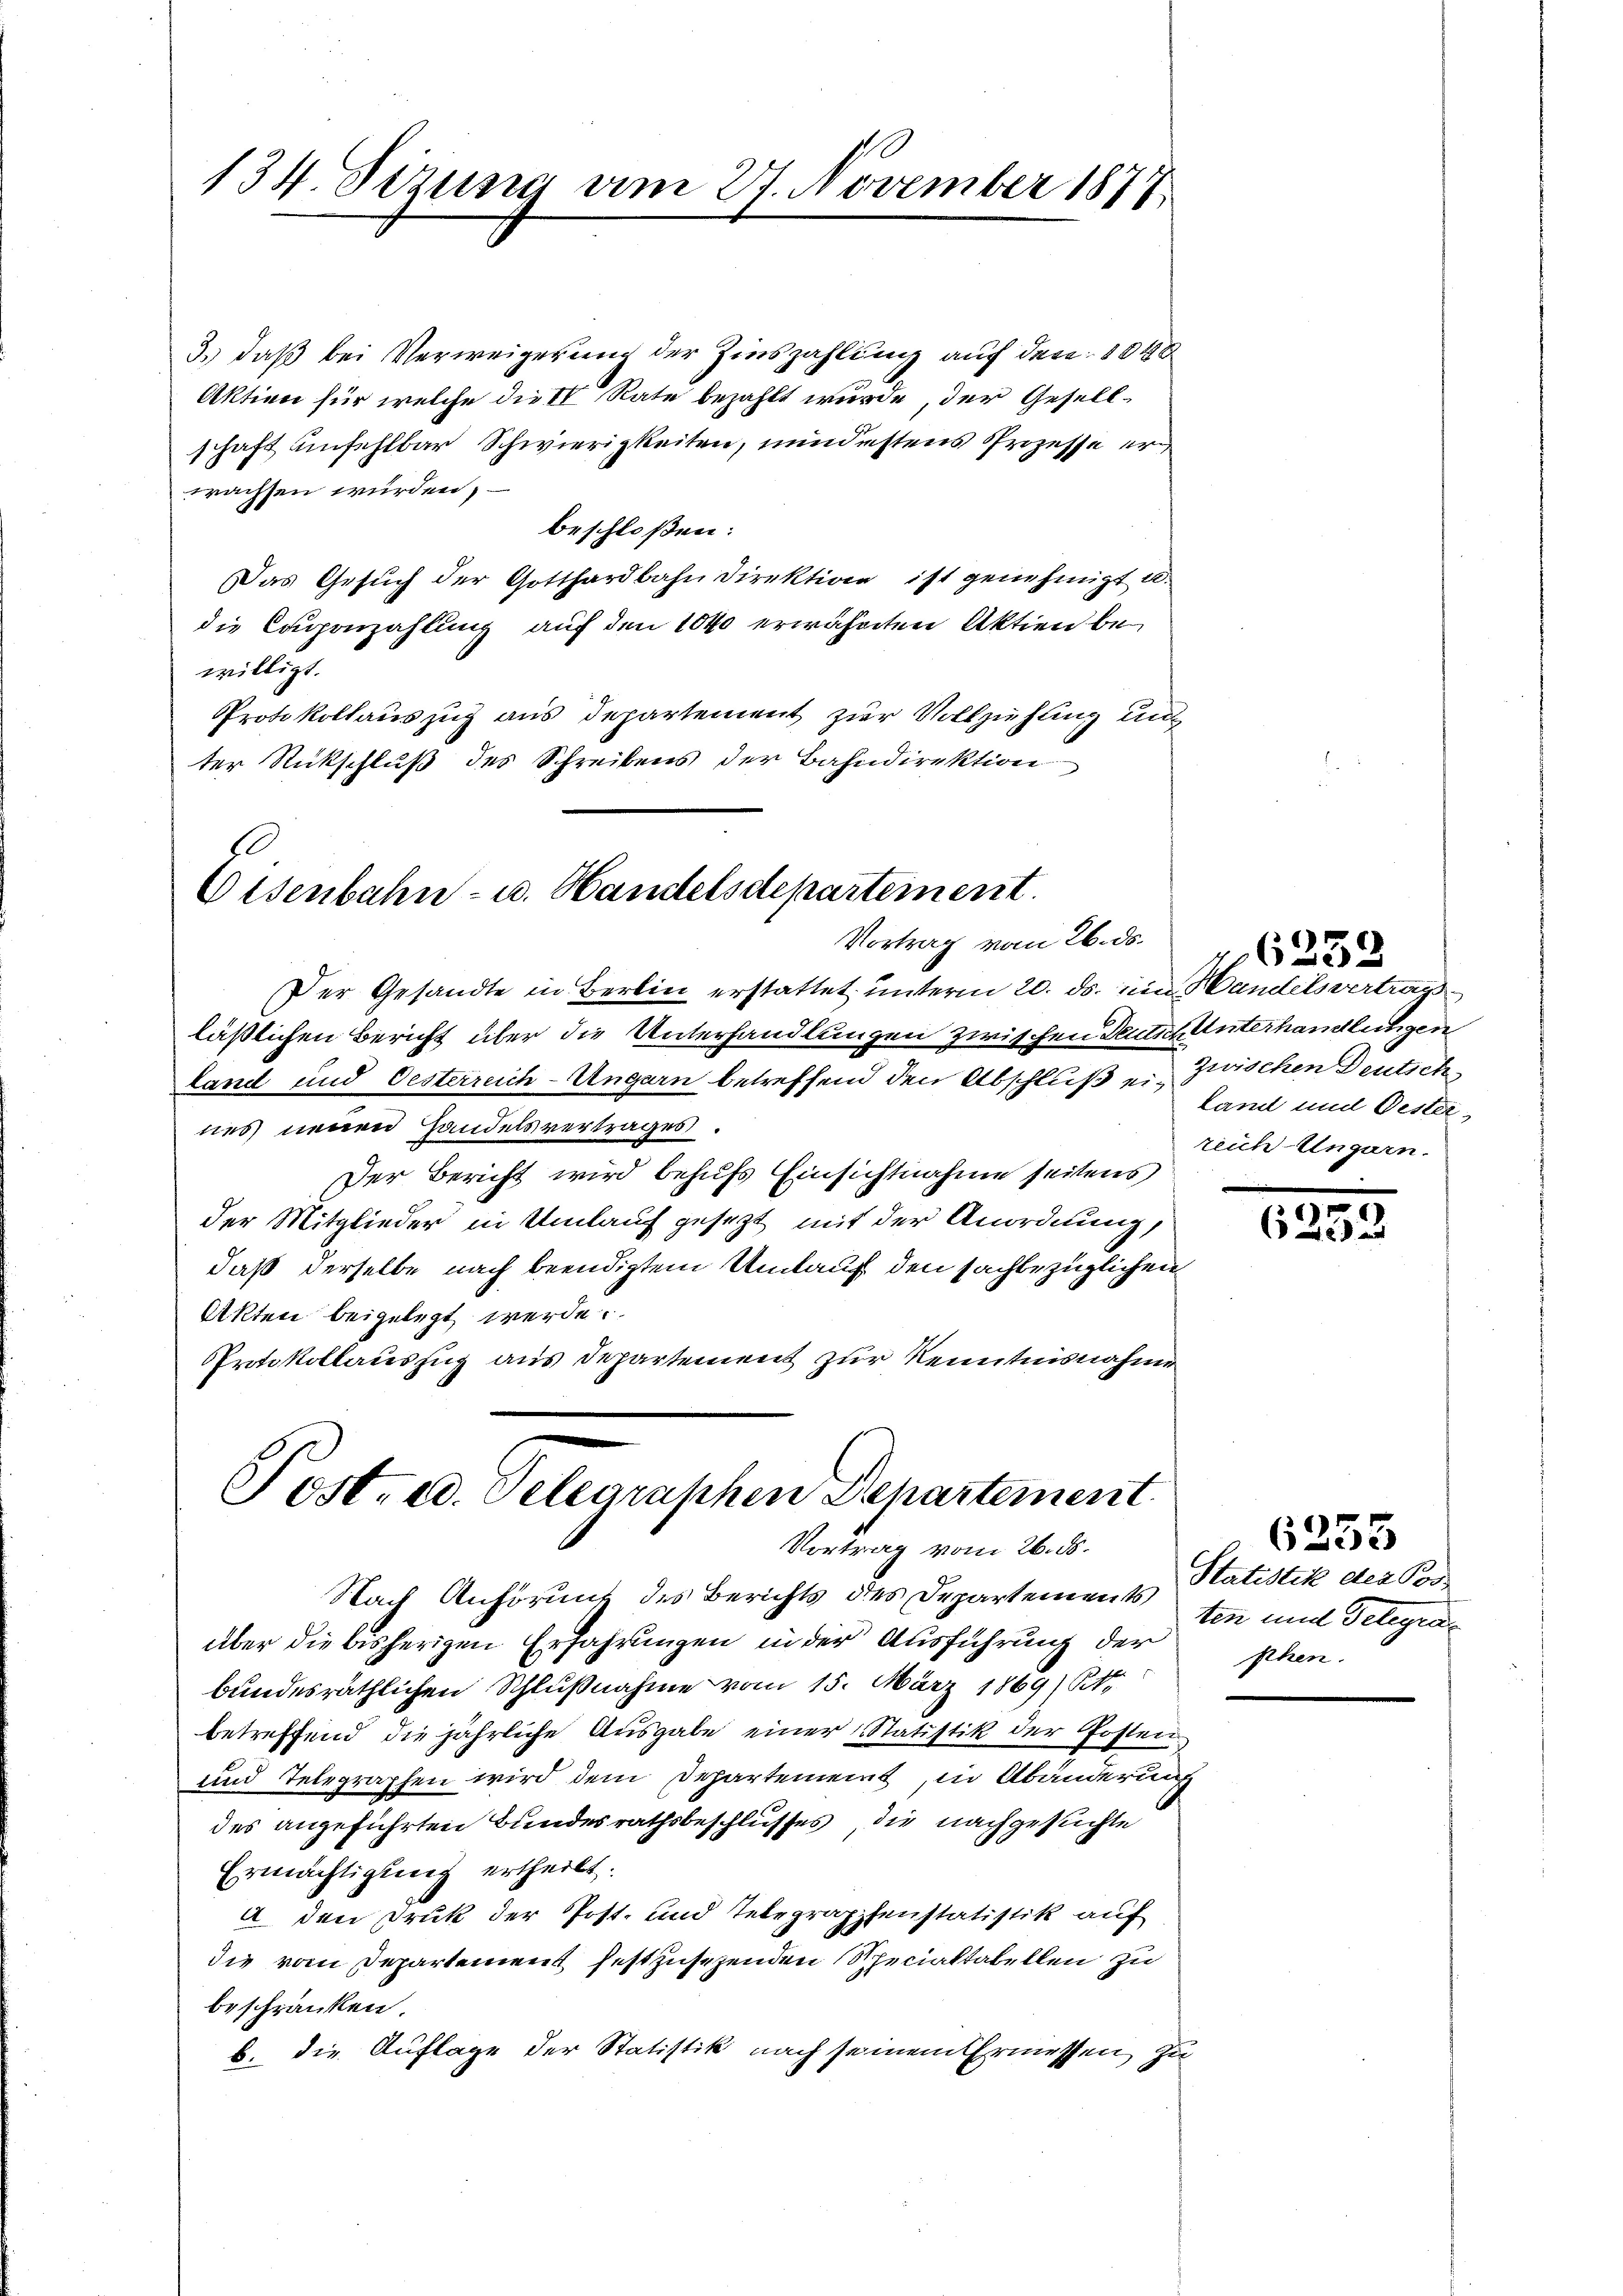
134. Sizung am 27. November 1877

3.) daß bei Verweigerung der Zinszahlung auf den 1000
Aktien für welche die II Rate bezahlt wurde, der Gesellschaft unfehlbar Schwierigkeiten, mindestens Prozesse erwachsen würden,
beschloßen:
Das Gesuch der Gotthardbahn direktion ist genehmigt u.
die Caponzahlung auf den 1040 erwähnten Aktien be
willigt.
Protokollauszug aus Departement zur Vollziehung unt
ter Rückschluß des Schreibens der Bahndirektion

e
Eisenbahn- u. Handelsdepartement
Vortrag vom 26. ds.

Der Gesandte in Berlin erstattet unterm 20. ds. ein Handelsvertrag
läßlichen Bericht über die Unterhandlungen zwischen Deutsch Unterhandlungen
land und Oesterreich-Ungarn betreffend den Abschluß ein Land und Oesternes neuen Handelsvertrages.
Der Bericht wird behufs Einsichtnahme seitens
der Mitglieder in Umlauf gesezt mit der Anordnung,
daß derselbe nach beendigtem Umlauf den sachbezüglichen
Akten beigelegt werde.
PPrtokollauszug aus Departement zur Kenntnisnahme

Post. 20. Telegraphen Departement.
Vortrag vom 26. ds.

Zwischen Deutsch
reich Ungarn.

Nach Anhörunt des Berichts des Departements
über die bisherigen Erfahrungen in der Ausführung der phen-
bundesräthlichen Schlußnahme vom 15. März 1869 (Sitt
betreffend die jährliche Ausgabe einer Statistik der Posten,
und Telegraphen wird dem Departement, in Abänderung
des angeführten Bundesrathsbeschlusses die nachgesuchte
Ermächtigung ertheilt.
A den Druk der Post- und Telegraphenstatistik auf
die vom Departement festzusetzenden Specialtabellen zu
beschränken.
b. die Auflage der Statistik nach seinem Ermessen zu

125

26252

Statistik der Pos
ten und Gelegra

6253